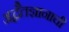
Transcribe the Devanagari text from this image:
अद्वैतज्ञानाची